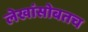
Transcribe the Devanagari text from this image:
लेखांसोबतच